Vaccination in the Punjab 1905-1918 - 1905-1918
Year: 1905
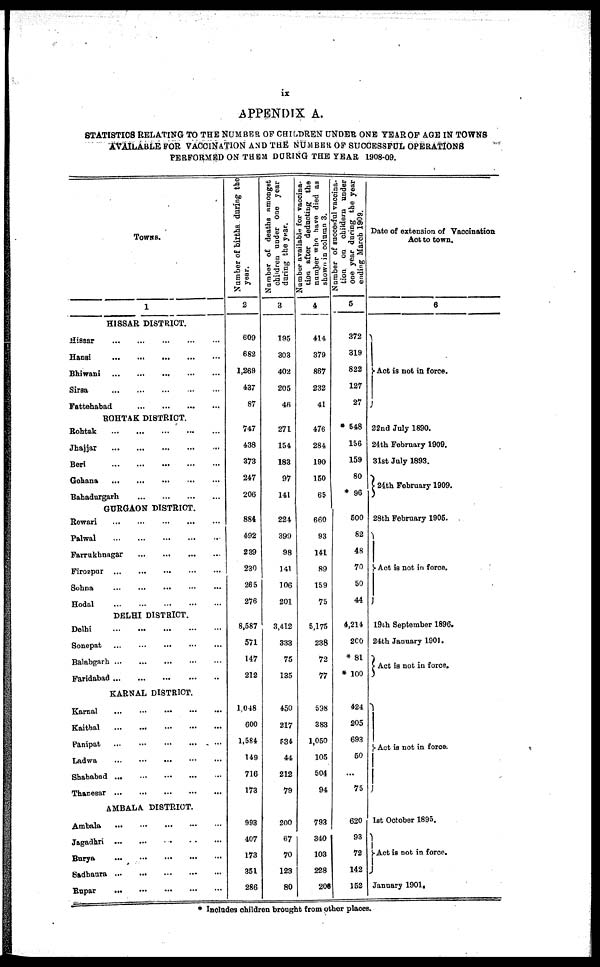
ix
APPENDIX A.
STATISTICS RELATING TO THE NUMBER OF CHILDREN UNDER ONE YEAR OF AGE IN TOWNS
AVAILABLE FOR VACCINATION AND THE NUMBER OF SUCCESSFUL OPERATIONS
PERFORMED ON THEM DURING THE YEAR 1908-09.
TOWNS.
1
HISSAR DISTRICT.
Hissar
... ... ... ... ...
Hansi ... ... ... ... ...
Bhiwani
... ... ... ... ...
Sirsa
... ... ... ... ...
Fattehabad
...
...
...
...
ROHTAK DISTRICT.
Rohtak
... ... ... ... ...
Jhajjar
.
.
. ... ... ... ...
Beri
... ... ... ... ...
Gohana
... ... ... ... ...
Bahadurgarh
... ... ... ...
GURGAON DISTRICT.
Rewari
... ... ... ... ...
Palwal
... ... ... ... ...
Farrukhnagar
... ... ... ...
Firozpur
... ... ... ... ...
Sohna
... ... ... ... ...
Hodal
... ... ... ... ...
DELHI DISTRICT.
Delhi
... ... ... ... ...
Sonepat
... ... ... ... ...
Balabgarh
...
...
...
...
...
Faridabad
...
...
...
...
...
KARNAL DISTRICT.
Karnal
...
...
... ... ...
Kaithal
... ... ... ... ...
Panipat... ... ... ... ...
Ladwa
... ... ... ... ...
Shahabad ...
... ... ... ...
Thanesar... ... ... ... ...
AMBALA DISTRICT.
Ambala
... ... ... ... ...
Jagadgri ...
...
... ... ...
Burya
... ... ... ... ...
Sadhaura ...
...
... ... ...
Rupar
... ... ... ... ...
Number of births during the
year.
2
609
682
1,269
437
87
747
438
373
247
206
884
492
239
230
265
276
8,587
571
147
212
1,048
600
1,584
149
716
173
993
407
173
351
286
Number of deaths amongst
children under one year
during the year.
3
195
303
402
205
46
271
154
183
97
141
224
399
98
141
106
201
3,412
333
75
135
450
217
534
44
212
79
200
67
70
123
80
Number available for vaccina¬
tion after deducting the
number who have died as
shown in column 3.
4
414
379
867
232
41
476
284
190
150
65
660
93
141
89
159
75
5,175
238
72
77
598
383
1,050
105
504
94
793
340
103
228
208
Number of Succesful vaccina-
tion on childern under
One year during the year
ending March 1909.
5
372
319
822
127
27
* 548
156
159
80
* 96
500
82
48
70
50
44
4,214
200
* 81
* 100
424
205
693
50
...
75
620
93
72
142
152
Date of extension of Vaccination
Act to town.
6
Act is not in force
22nd July 1890.
24th February 1909.
31st July 1893.
24th February 1909.
28th February 1905.
Act is not in force.
19th September 1896.
24th January 1901.
Act is not in force.
Act is not in force.
1st October 1895.
Act is not in force.
January 1901.
* Includes children brought from other places.